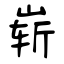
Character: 崭